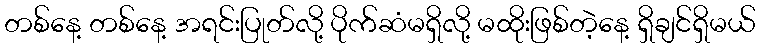
တစ်နေ့ တစ်နေ့ အရင်းပြုတ်လို့ ပိုက်ဆံမရှိလို့ မထိုးဖြစ်တဲ့နေ့ ရှိချင်ရှိမယ်